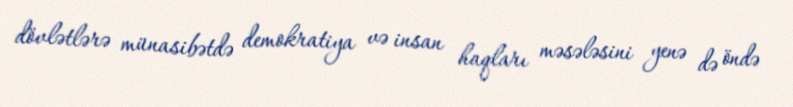
dövlətlərə münasibətdə demokratiya və insan haqları məsələsini yenə də öndə